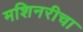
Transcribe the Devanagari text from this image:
मशिनरीचा